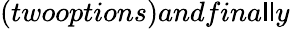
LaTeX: (twooptions)andfina\mathsf{l}\mathsf{l}y